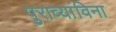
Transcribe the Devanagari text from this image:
पुराव्यांविना